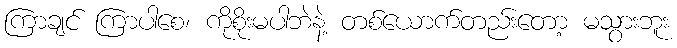
ကြာချင် ကြာပါစေ၊ ကိုစိုးမပါဘဲနဲ့ တစ်ယောက်တည်းတော့ မသွားဘူး